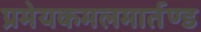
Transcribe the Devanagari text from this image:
प्रमेयकमलमार्तण्ड